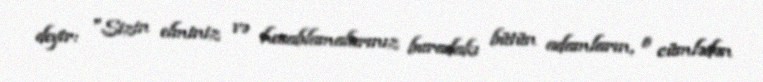
deyir: "Sizin elminiz və hesablamalarınız buradakı bütün adamların, o cümlədən